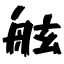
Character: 舷